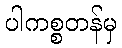
ပါကစ္စတန်မှ